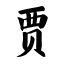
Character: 贾